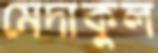
মেদাকুল